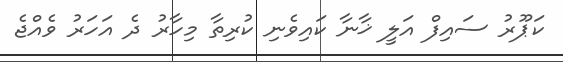
ކަޕޫރު ސައިފް އަލީ ޚާނާ ކައިވެނި ކުރިތާ މިހާރު ދެ އަހަރު ވެއްޖެ